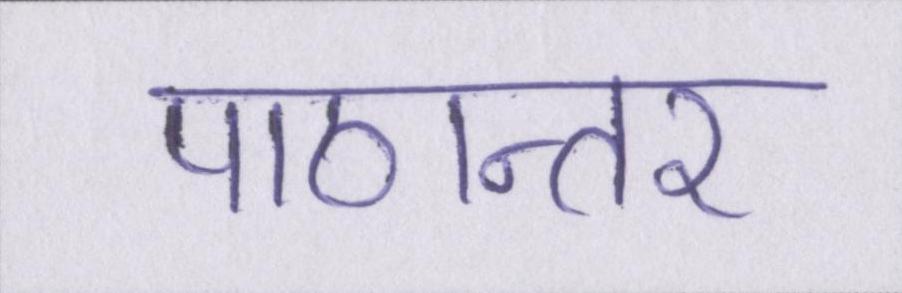
पाठान्तर